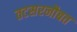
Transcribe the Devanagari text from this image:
तटसरनौबत